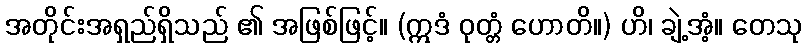
အတိုင်းအရှည်ရှိသည် ၏ အဖြစ်ဖြင့်။ (ဣဒံ ဝုတ္တံ ဟောတိ။) ဟိ၊ ချဲ့အံ့။ တေသု